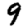
Digit: 9